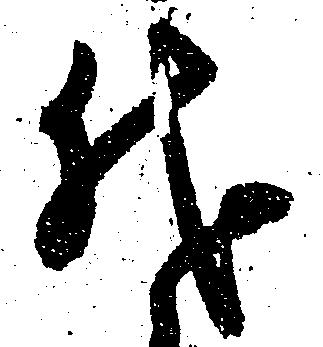
代